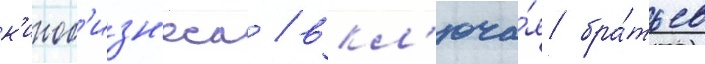
к'иноб'изн'еса / вкл'юча́я бра́тьев